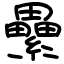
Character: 纍